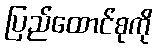
ပြည်ထောင်စုကို